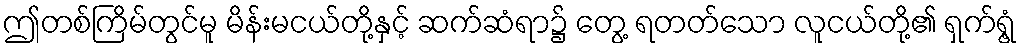
ဤတစ်ကြိမ်တွင်မူ မိန်းမငယ်တို့နှင့် ဆက်ဆံရာ၌ တွေ့ ရတတ်သော လူငယ်တို့၏ ရှက်ရွံ့